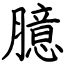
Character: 臆